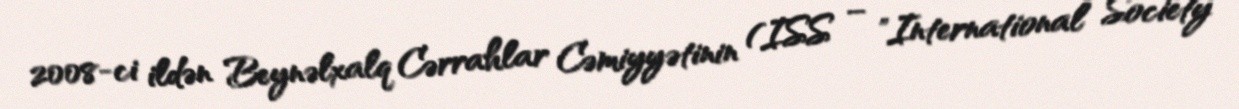
2008-ci ildən Beynəlxalq Cərrahlar Cəmiyyətinin (ISS – "International Society